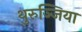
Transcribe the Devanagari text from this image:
थुरुञ्जिया